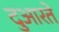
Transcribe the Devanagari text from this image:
दुआरते